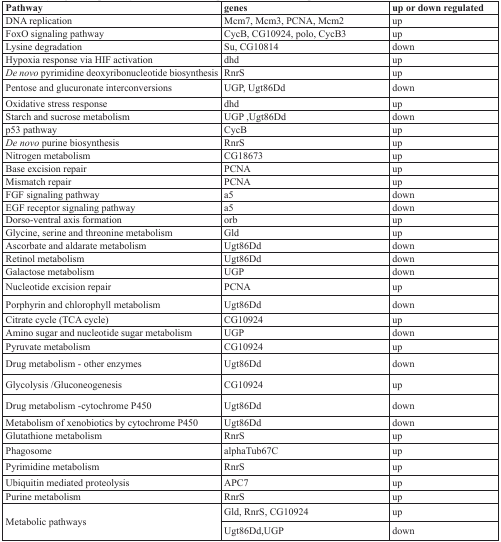
<table><thead><tr><td><b>Pathway</b></td><td><b>genes</b></td><td><b>up or down regulated</b></td></tr></thead><tbody><tr><td>DNA replication</td><td>Mcm7, Mcm3, PCNA, Mcm2</td><td>up</td></tr><tr><td>FoxO signaling pathway</td><td>CycB, CG10924, polo, CycB3</td><td>up</td></tr><tr><td>Lysine degradation</td><td>Su, CG10814</td><td>down</td></tr><tr><td>Hypoxia response via HIF activation</td><td>dhd</td><td>up</td></tr><tr><td><i>De novo</i> pyrimidine deoxyribonucleotide biosynthesis</td><td>RnrS</td><td>up</td></tr><tr><td>Pentose and glucuronate interconversions</td><td>UGP, Ugt86Dd</td><td>down</td></tr><tr><td>Oxidative stress response</td><td>dhd</td><td>up</td></tr><tr><td>Starch and sucrose metabolism</td><td>UGP, Ugt86Dd</td><td>down</td></tr><tr><td>p53 pathway</td><td>CycB</td><td>up</td></tr><tr><td><i>De novo</i> purine biosynthesis</td><td>RnrS</td><td>up</td></tr><tr><td>Nitrogen metabolism</td><td>CG18673</td><td>up</td></tr><tr><td>Base excision repair</td><td>PCNA</td><td>up</td></tr><tr><td>Mismatch repair</td><td>PCNA</td><td>up</td></tr><tr><td>FGF signaling pathway</td><td>a5</td><td>down</td></tr><tr><td>EGF receptor signaling pathway</td><td>a5</td><td>down</td></tr><tr><td>Dorso-ventral axis formation</td><td>orb</td><td>up</td></tr><tr><td>Glycine, serine and threonine metabolism</td><td>Gld</td><td>up</td></tr><tr><td>Ascorbate and aldarate metabolism</td><td>Ugt86Dd</td><td>down</td></tr><tr><td>Retinol metabolism</td><td>Ugt86Dd</td><td>down</td></tr><tr><td>Galactose metabolism</td><td>UGP</td><td>down</td></tr><tr><td>Nucleotide excision repair</td><td>PCNA</td><td>up</td></tr><tr><td>Porphyrin and chlorophyll metabolism</td><td>Ugt86Dd</td><td>down</td></tr><tr><td>Citrate cycle (TCA cycle)</td><td>CG10924</td><td>up</td></tr><tr><td>Amino sugar and nucleotide sugar metabolism</td><td>UGP</td><td>down</td></tr><tr><td>Pyruvate metabolism</td><td>CG10924</td><td>up</td></tr><tr><td>Drug metabolism - other enzymes</td><td>Ugt86Dd</td><td>down</td></tr><tr><td>Glycolysis /Gluconeogenesis</td><td>CG10924</td><td>up</td></tr><tr><td>Drug metabolism -cytochrome P450</td><td>Ugt86Dd</td><td>down</td></tr><tr><td>Metabolism of xenobiotics by cytochrome P450</td><td>Ugt86Dd</td><td>down</td></tr><tr><td>Glutathione metabolism</td><td>RnrS</td><td>up</td></tr><tr><td>Phagosome</td><td>alphaTub67C</td><td>up</td></tr><tr><td>Pyrimidine metabolism</td><td>RnrS</td><td>up</td></tr><tr><td>Ubiquitin mediated proteolysis</td><td>APC7</td><td>up</td></tr><tr><td>Purine metabolism</td><td>RnrS</td><td>up</td></tr><tr><td rowspan="2">Metabolic pathways</td><td>Gld, RnrS, CG10924</td><td>up</td></tr><tr><td>Ugt86Dd,UGP</td><td>down</td></tr></tbody></table>